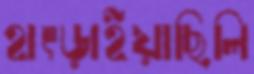
হাৎড়াইয়াছিলি